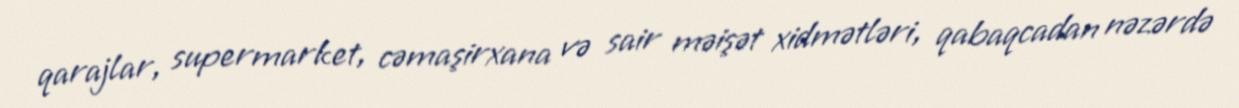
qarajlar, supermarket, cəmaşirxana və sair məişət xidmətləri, qabaqcadan nəzərdə